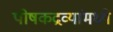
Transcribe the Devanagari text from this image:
पोषकद्रव्यांमध्ये